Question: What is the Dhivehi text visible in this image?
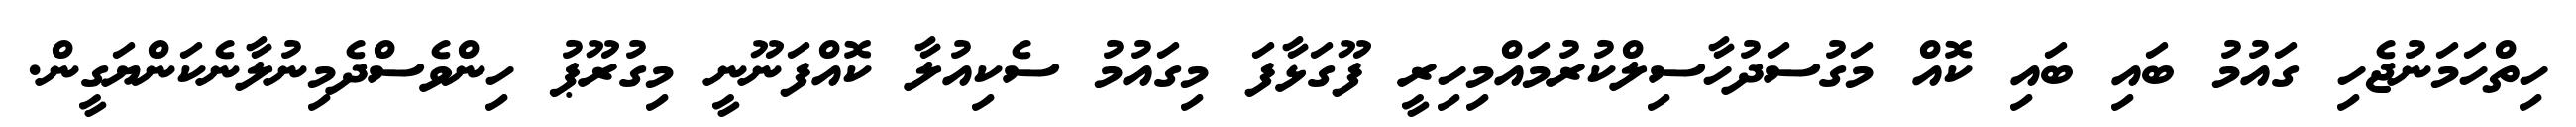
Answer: ހިތްހަމަނުޖެހި ގައުމު ބައި ބައި ކޮއް މަގުސަދުހާސިލްކުރުމައްމިހިރީ ފޫގަޅާފަ މިގައުމު ސެކިއުލާ ކޮއްފަނޫނީ މިގުރޫޕު ހިންވެސްދެމިނުލާނެކަންޔަގީން.